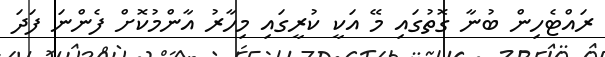
ރައްޓެހިން ބުނާ ގޮތުގައި މޭ އަކީ ކުރީގައި މިހާރު އާންމުކޮށް ފެންނަ ފަދަ